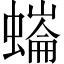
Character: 𧐩